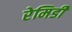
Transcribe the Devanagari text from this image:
रेमिडी